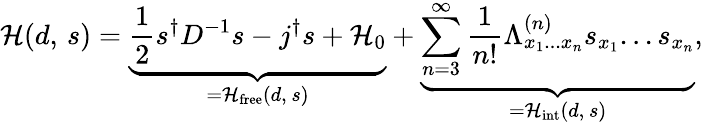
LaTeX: {\mathcal{H}}(d,\, s)=\underbrace{{\frac{1}{2}}s^{\dagger}D^{-1}s-j^{\dagger}s+{\mathcal{H}}_{0}}_{={\mathcal{H}}_{\mathrm{free}}(d,\, s)}+\underbrace{\sum_{n=3}^{\infty}{\frac{1}{n!}}\Lambda_{x_{1}...x_{n}}^{(n)}s_{x_{1}}...s_{x_{n}}}_{={\mathcal{H}}_{\mathrm{int}}(d,\, s)},